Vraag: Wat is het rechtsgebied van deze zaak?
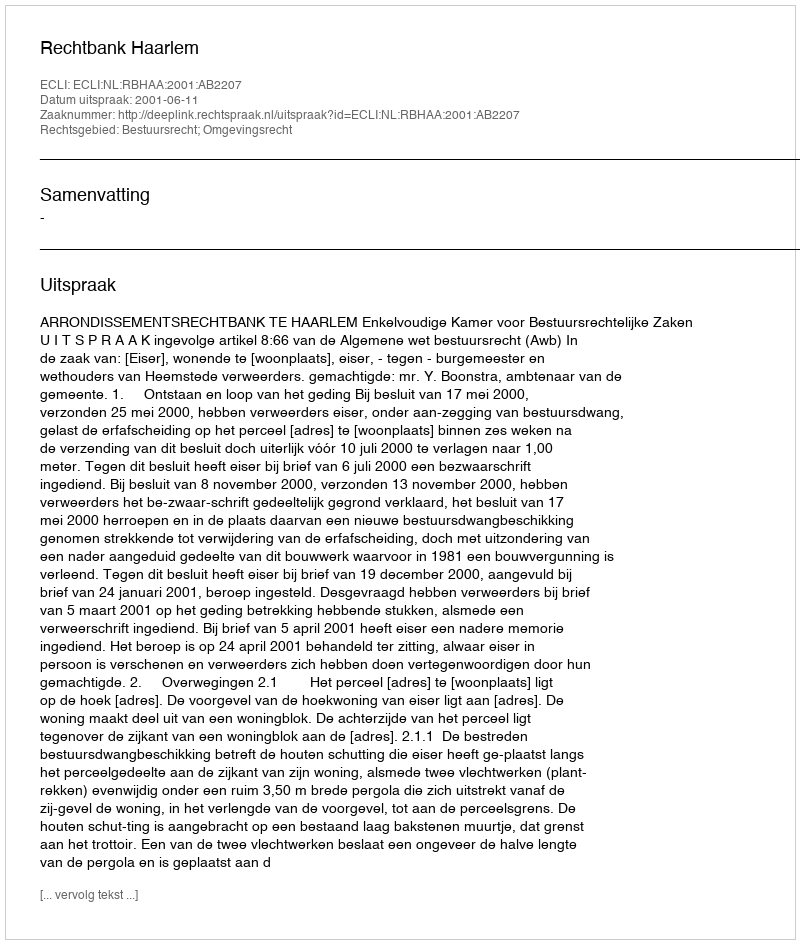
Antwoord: Bestuursrecht; Omgevingsrecht